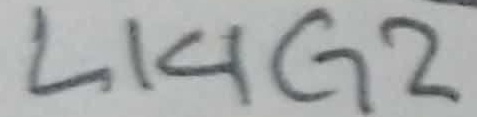
Text: L14G2